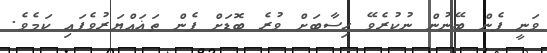
ވަނީ ފެން ބޭނުން ނުކުރެވޭ ހިސާބަށް ވުރެ ބޮޑަށް ފެން ތަޣައްޔަރުވެފައި ކަމެވެ.